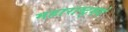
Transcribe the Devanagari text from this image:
महाराष्ट्र्मधे